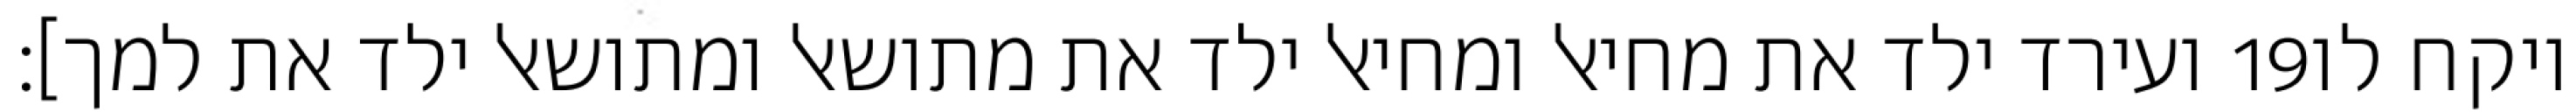
ועירד ילד את מחיאל ומחיאל ילד את מתושאל ומתושאל ילד את למך]׃ ‎19‏ ויקח לו